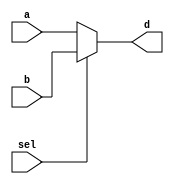
module mux2(a,b,sel,d);//mux2
	input a,b,sel;//inputs and selection
	output d;//output
	
	assign d = (sel==0)? a : b;//conditional operator
	
endmodule//endmodule